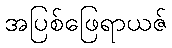
အပြစ်ဖြေရာယဇ်